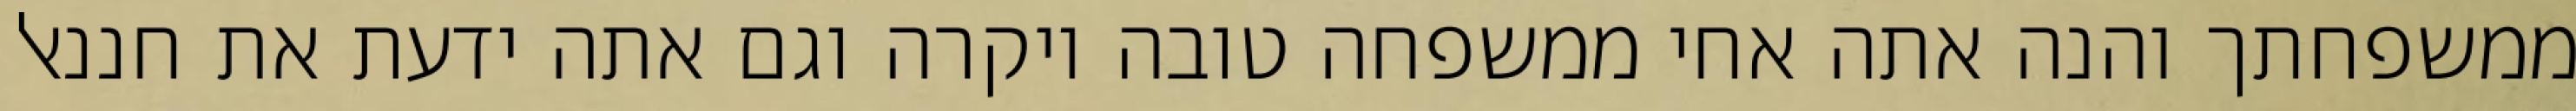
ממשפחתך והנה אתה אחי ממשפחה טובה ויקרה וגם אתה ידעת את חננאל